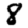
Digit: 8